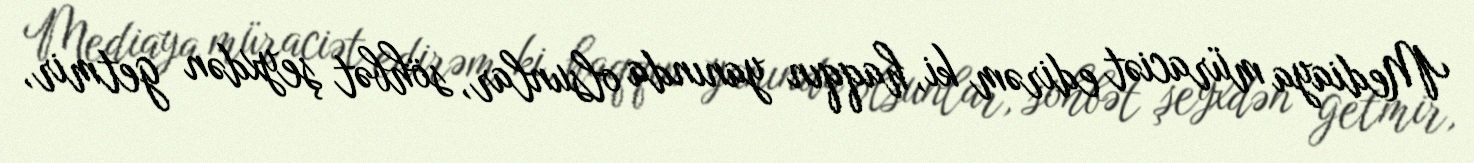
Mediaya müraciət edirəm ki, haqqın yanında olsunlar, söhbət şeyxdən getmir,